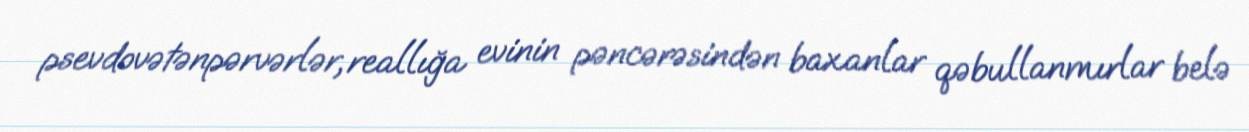
psevdovətənpərvərlər, reallığa evinin pəncərəsindən baxanlar qəbullanmırlar belə